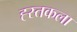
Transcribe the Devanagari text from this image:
ह्स्तकला